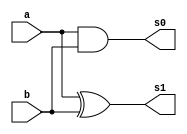

//----------------------------
// Nome: Thaise Souto
// Matrcula: 395504
//----------------------------


//----------------------------
//------ Guia 05 - 01---------
//----------------------------



module meiasoma(s0,s1, a,b);

	output s0,s1;
	input  a, b;

	and(s0, a,b);
	xor(s1, a,b);
	
endmodule // fim meia soma

module  somacompleta(Cout, Soma, a, b, Cin);

	output Cout, Soma;
	input  a, b, Cin;
	
	wire temp1, temp2, temp3;

 	meiasoma S1 (temp1,temp2,a, b);
 	meiasoma S2(temp3, Soma, temp2, Cin);
 	or(Cout, temp1, temp3);
 

endmodule // fim somacompleta


module SomaCompleta4bits(s,Cout,a,b);

	output [3:0] s;
        output Cout;
	input [4:0] a, b;
	
	wire temp1, temp2, temp3;
	
		
	meiasoma      S3(temp1, s[0] ,a[0], b[0]) ;
	somacompleta  S4(temp2, s[1], a[1], b[1], temp1);
	somacompleta  S5(temp3, s[2], a[2], b[2], temp2);
	somacompleta  S6(Cout , s[3], a[3], b[3], temp3);
	
endmodule // fim SomaCompleta4bits	

module teste;

	wire [3:0] s; 
        wire Cout;
	reg  [4:0] a, b;

	SomaCompleta4bits SOMA (s, Cout, a, b);


	initial begin: Start

                a = 4'b0000; b = 4'b0000;
	end
	
	initial begin: Principal
	
		$display("\n Guia 05 - 01 - Thaise Souto - 395504 ");
		$display("\n SOMA COMPLETA COM 4 BITS");
		$display("\n A + B = s3 s2 s1 s0 \n");


		$monitor(" %4b + %4b = %4b", a, b, s);
		
		for(a = 0; a <= 15; a =  a + 1)
		  begin
		    
  #1      $monitor(" %4b + %4b = %4b", a, b, s);
			 for(b = 0; b <= 15; b = b + 1)
			   begin

  #1              $monitor(" %4b + %4b = %4b", a, b, s);
		      end
		  	 end
  		  end
		
	
	
	 
endmodule // fim teste